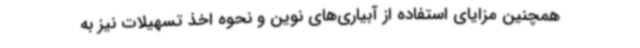
همچنین مزایای استفاده از آبیاری‌های نوین و نحوه اخذ تسهیلات نیز به